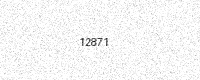
Text: 12871